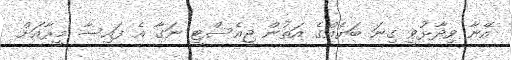
އޭނާ ވިދާޅުވީ ގިނަ ބަޔެއްގެ އަތުން ޖީއެސްޓީ ނަގާ އެ ފައިސާ މީރާއަށް